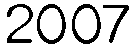
2007